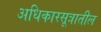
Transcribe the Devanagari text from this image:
अधिकारसूत्रातील